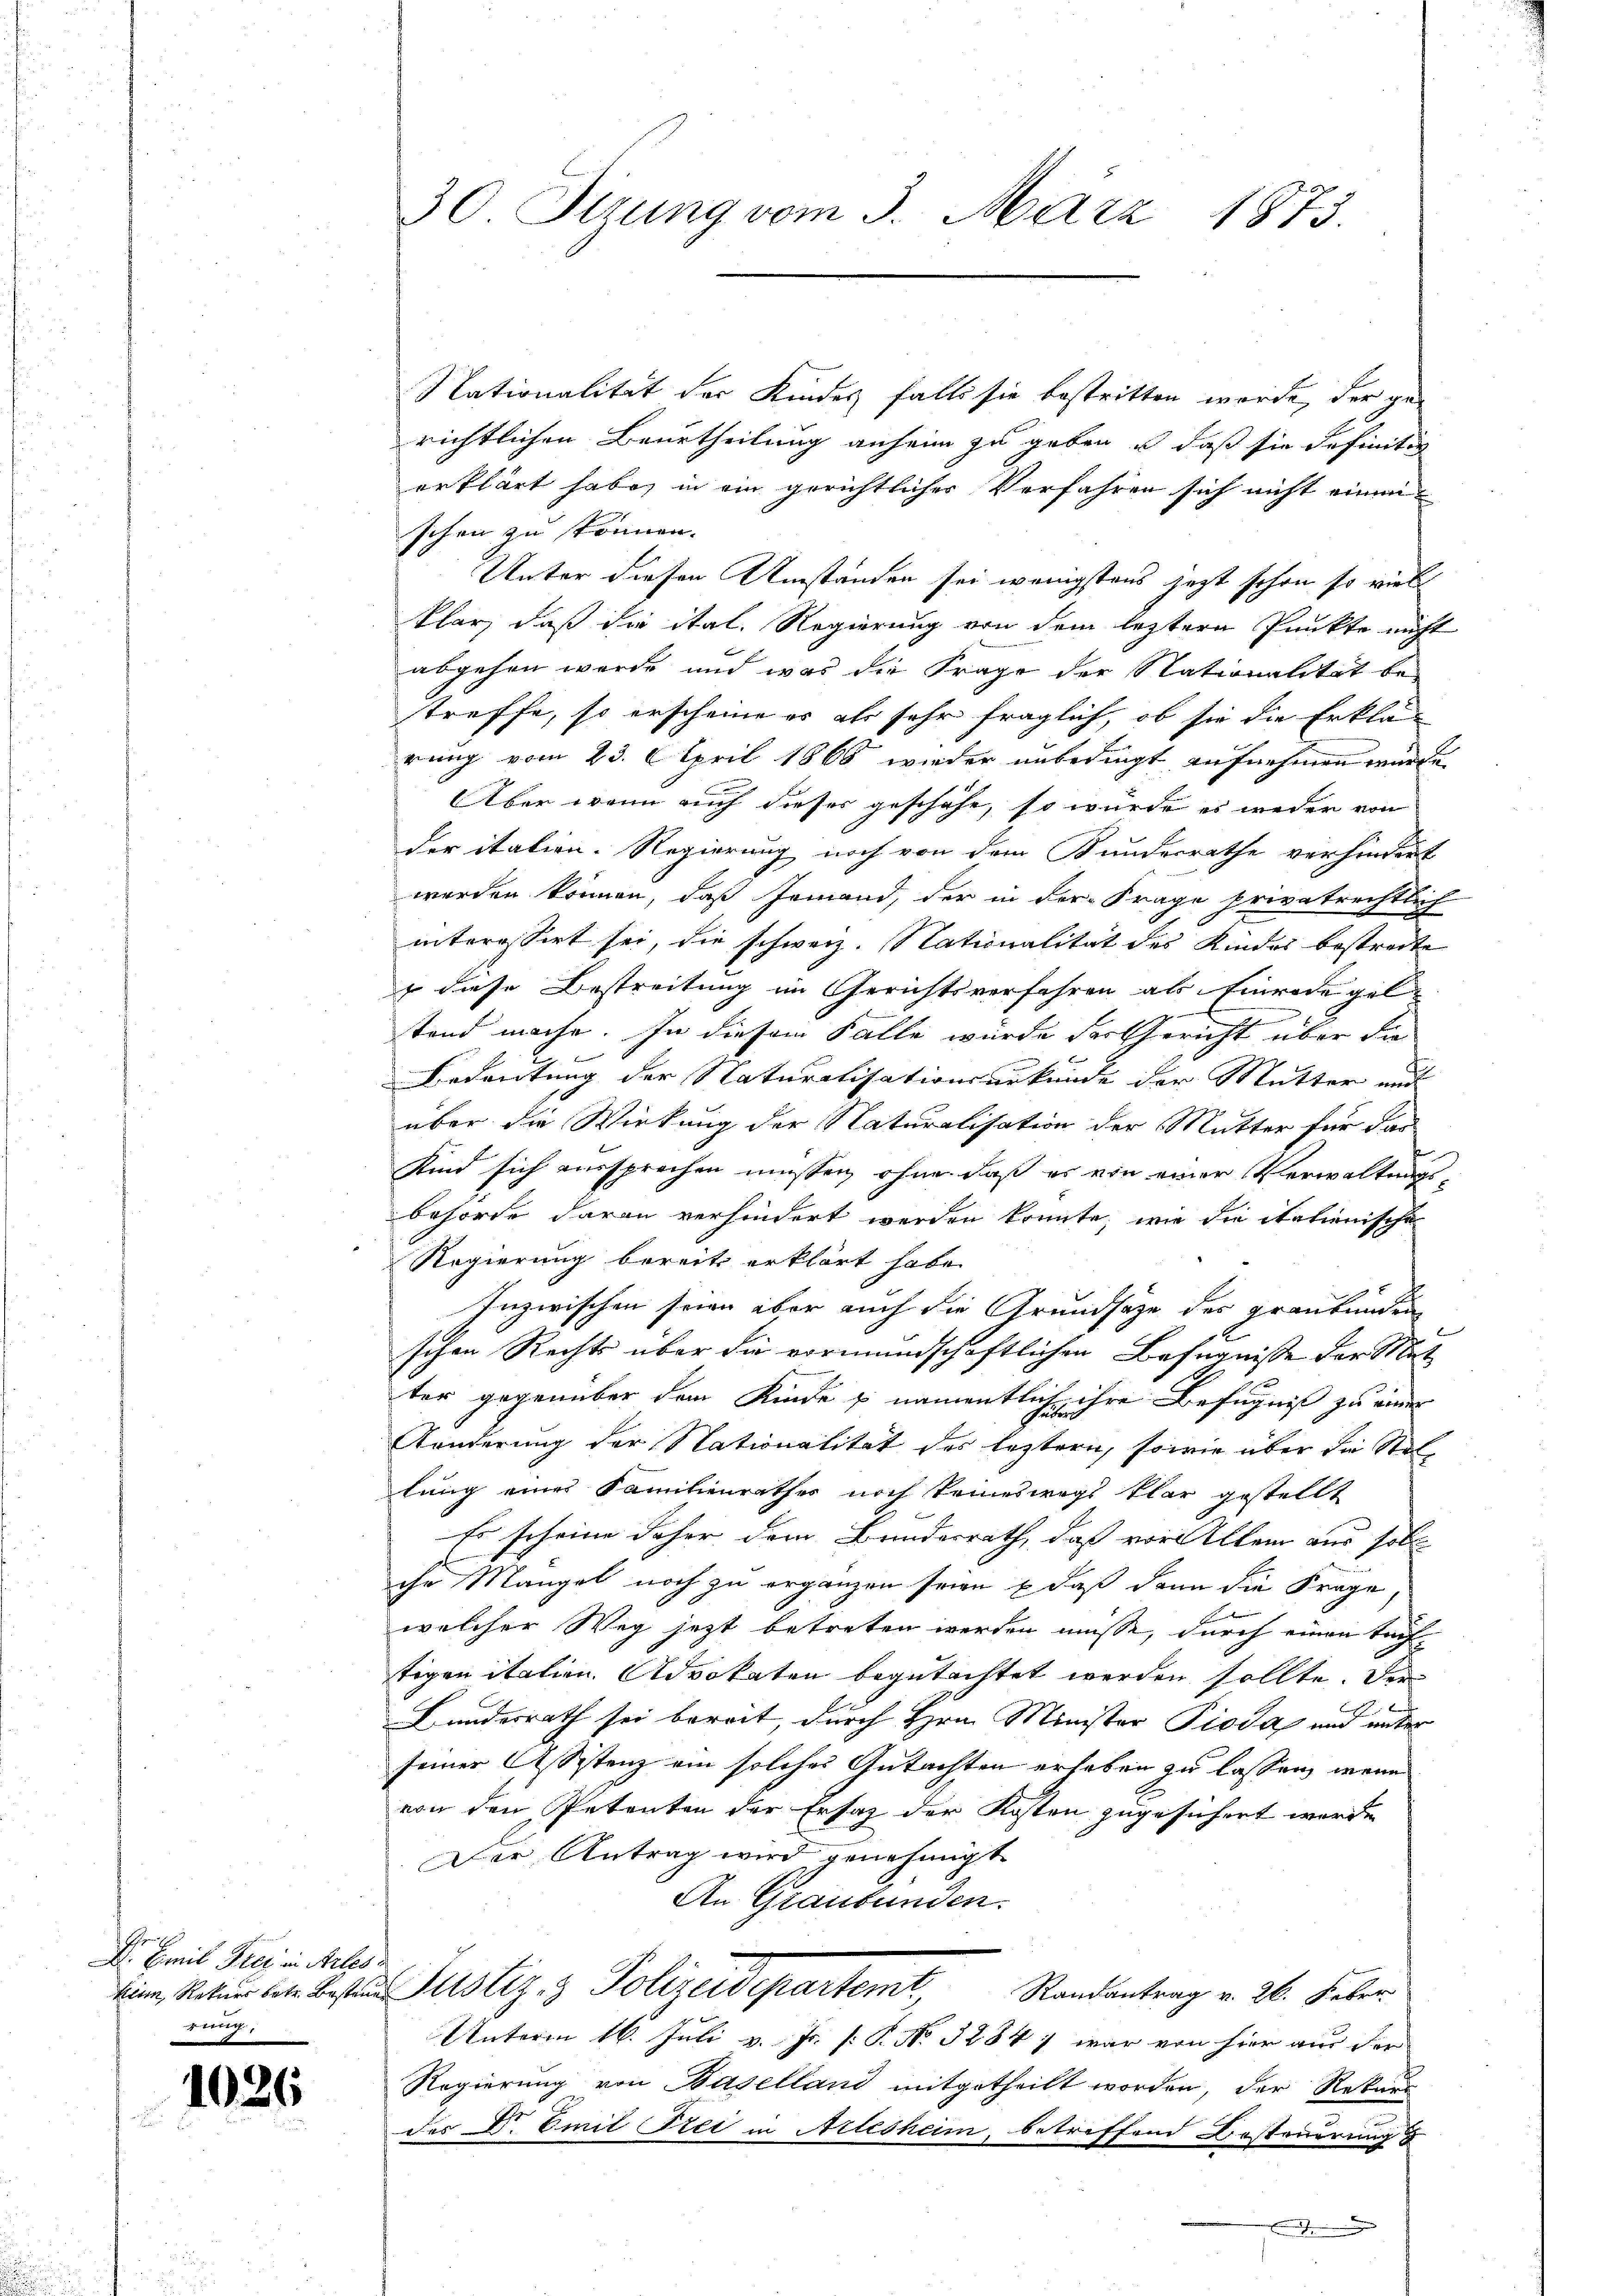
he
D. Emil Frei in Arles
erug,

1026

30. Sitzung vom 3. März 1873.

Nationalität der Kindes falls sie bestritten werde, der gerichtlichen Beurtheilung anheim zu geben u. daß sie definiti
erklärt habe, in ein gerichtlicher Verfahren sich nicht einen
schen zu können.
Unter diesen Umständen sei wenigstens jetzt schon so viel
klar, daß die ital. Regierung von dem leztere Punkte nicht
abgehen wurde und was die Frage der Nationalität be-
treffe, so erscheine es als sehr fraglich, ob sie die Erklä-
rung vom 23. April 1866 wieder unbedingt aufnehmen würde.
Aber wenn auch dieses geschähe, so wurde es weder von
der italien. Regierung noch von dem Bundesrathe verhindert
werden können, daß Jemand, der in der Frage privatrechtlich
interessirt sei, die schweiz. Nationalität des Kindes bestreite
 diese Bestreitung im Gerichtsverfahren als Einrede gele
e
tand mache. In diesem Falle wurde der Gericht über die
Bedeutung der Naturalisationsurkunde der Mutter auf
über die Wirkung der Naturalisation der Mutter für das
Kind sich aussprechen müssen, ohne daß es von einer Verwaltungs
behörde davon verhindert werden könnte, wie die itationische
Regierung bereits erklärt habe.
Inzwischen seien aber auch die Grundsätze der Graubünden
schen Rechts über die vormundschaftlichen Befugnisse der Mat
ter gegenüber dem Kinde u. namentlich ihre Befugniß zu einer
Konderung der Nationalität des leztern, sowie über die Stellung eines Familienrathes noch keineswegs klar gestellt
Es scheine daher dem Bundesrath, daß vor Allem aus soli-
ihr Mangel noch zu ergänzen seien & daß dann die Frage
welcher Weg jetzt betreten werden müsse, durch einen Tauf-
tigen italien. Advokaten begutachtet werden sollte. Der

Bundesrath sei bereit, durch Hrn. Minister Pioda und unter
seiner Assistenz ein solches Gutachten erheben zu lassen, wenn
von den Petenten der Ersatz der Kosten zugesichert werden
Der Antrag wird genehmigt
An Graubünden.
d
keine Natur betr. Besten Justiz- & Polizeidepartemt
Randantrag v. 26. Feber
Unterm 16. Juli v. Js. [: P. No. 32847 war von hier aus der
Regierung von Baselland mitgetheilt worden, der Rekurs
des Dr. Emil Frei in Attesheim, betreffend Besteuerung
.